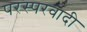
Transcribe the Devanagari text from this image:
परस्परवादी